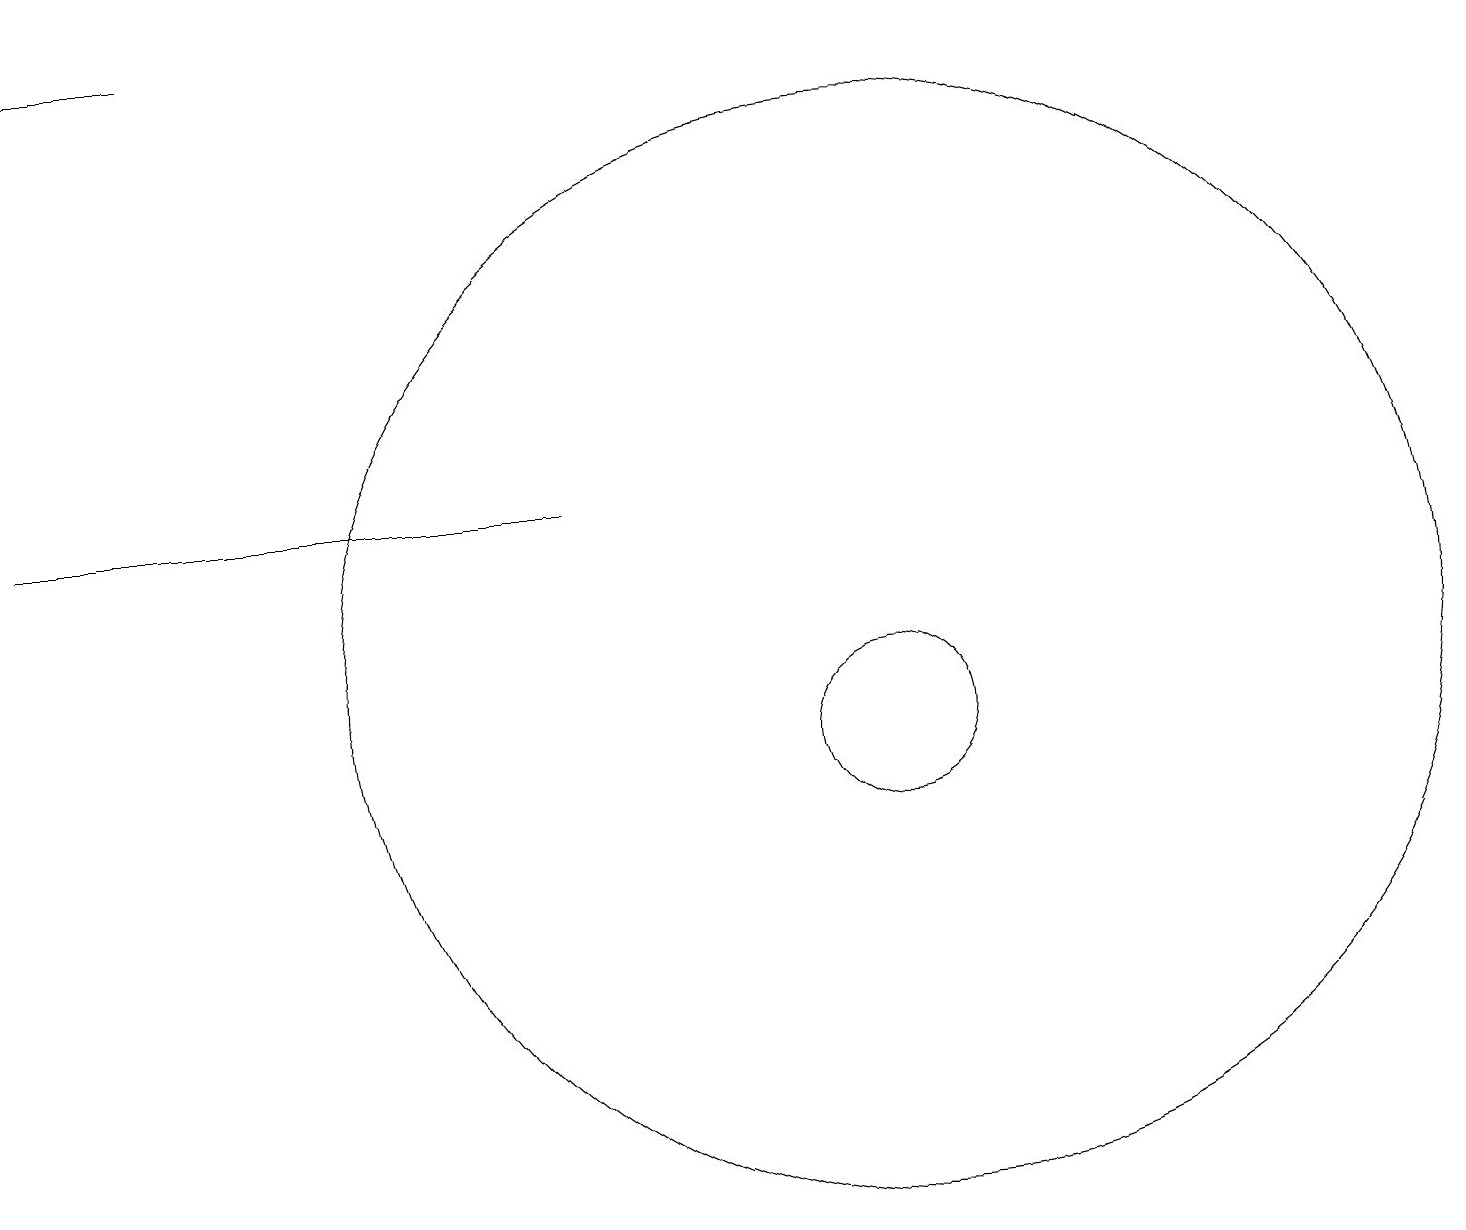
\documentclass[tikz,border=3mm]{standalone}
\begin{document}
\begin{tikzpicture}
\draw (11,10) circle (1);
\draw (0,13) rectangle (7,13);
\draw (11,11) circle (7);
\draw[->] (2,19) -- (0,19);
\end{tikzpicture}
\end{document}